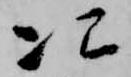
次